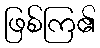
ဖြစ်ကြ၏